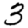
Digit: 3